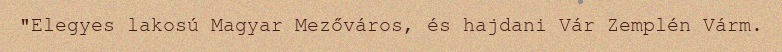
"Elegyes lakosú Magyar Mezőváros, és hajdani Vár Zemplén Várm.